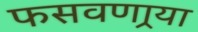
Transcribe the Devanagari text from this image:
फसवणार्‍या